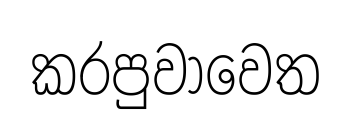
කරපුවාවෙත